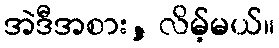
အဲဒီအစား, လိမ့်မယ်။